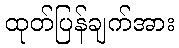
ထုတ်ပြန်ချက်အား